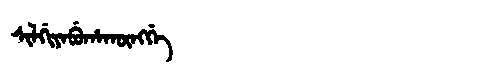
Manchu: ᠰᡳᠯᡤᡳᠶᠠᠪᡠᡥᠠᡴᡡᠩᡤᡝ
Romanization: SILGIYABUHAKŪNGGE